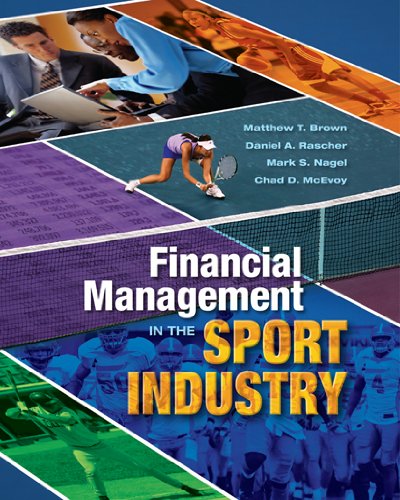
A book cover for Financial Management in the Sport Industry; Matthew T. Brown; Business & Money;